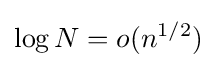
\log N=o(n^{1/2})